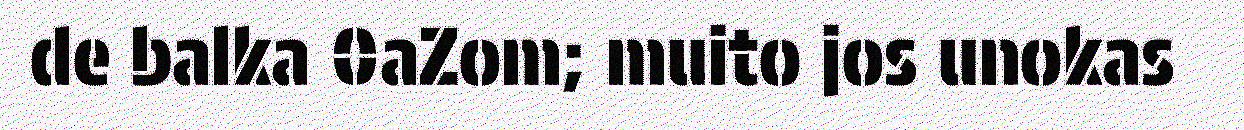
de balka 0aZom; muito jos unokas